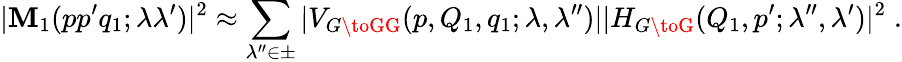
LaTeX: |\mathbf{M}_{1}(pp^{\prime}q_{1};\lambda\lambda^{\prime})|^{2}\approx\sum_{\lambda^{\prime\prime}\in\pm}|V_{G\toGG}(p,Q_{1},q_{1};\lambda,\lambda^{\prime\prime})||H_{G\toG}(Q_{1},p^{\prime};\lambda^{\prime\prime},\lambda^{\prime})|^{2}\; .